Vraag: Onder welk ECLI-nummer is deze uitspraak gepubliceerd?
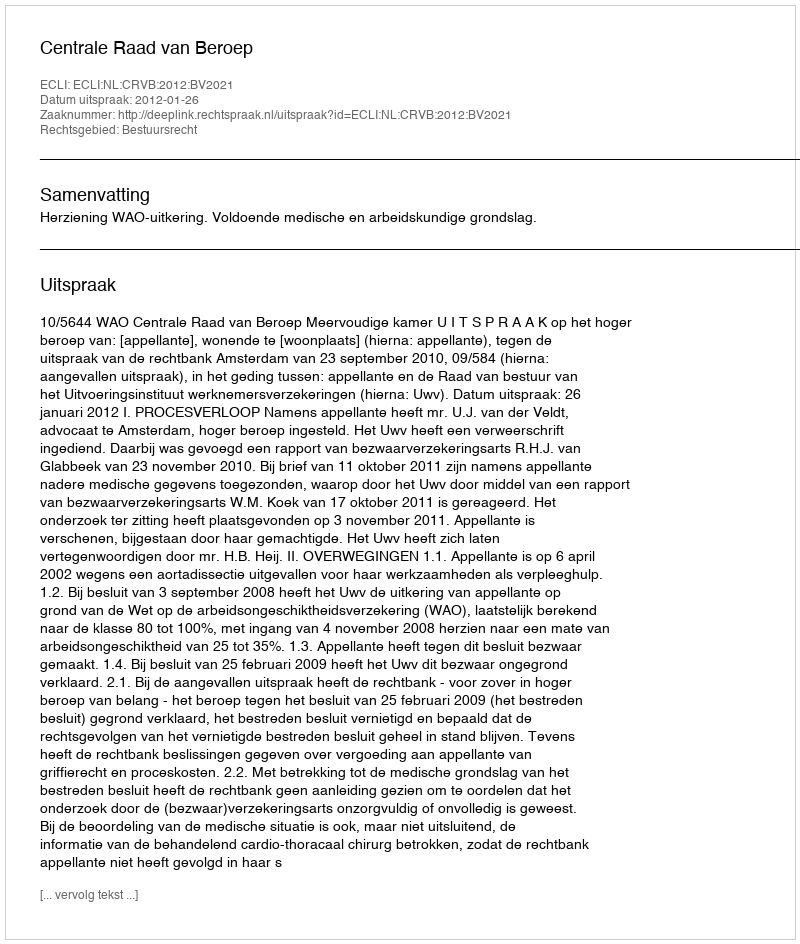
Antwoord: ECLI:NL:CRVB:2012:BV2021